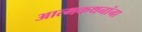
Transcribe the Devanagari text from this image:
आत्मकथनांना